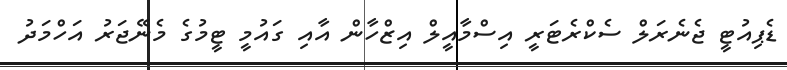
ޑެޕިއުޓީ ޖެނެރަލް ސެކްރެޓަރީ އިސްމާއީލް އިޒްހާން އާއި ގައުމީ ޓީމުގެ މެނޭޖަރު އަހްމަދު